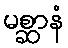
မစ္ဆာနံ